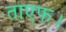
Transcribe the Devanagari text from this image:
ताएफ।